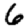
Digit: 6